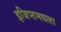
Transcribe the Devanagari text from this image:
इजिप्तमधला